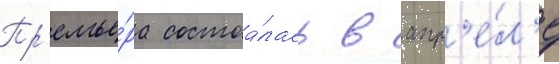
Пр'емье́ра состоа́лась в апр'е́л'е